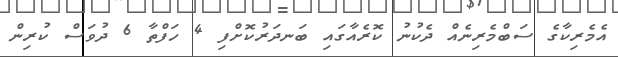
އެމެރިކާގެ ސަބްމެރިނެއް ދެކުނު ކޮރެއާގައި ބަނދަރުކޮށްފި 4 ހަފްތާ 6 ދުވަސް ކުރިން